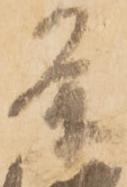
条